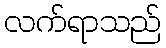
လက်ရာသည်